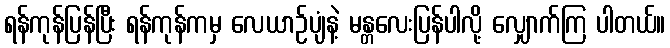
ရန်ကုန်ပြန်ပြီး ရန်ကုန်ကမှ လေယာဉ်ပျံနဲ့ မန္တလေးပြန်ပါလို့ လျှောက်ကြ ပါတယ်။